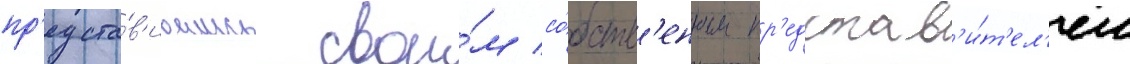
пр'едста́в'ившись свои́м со́бств'енным пр'едстав'и́т'ел'ем